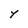
Character: Y